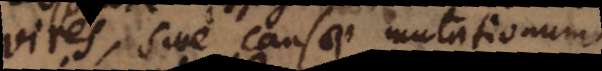
vires, sive causae mutationum.